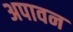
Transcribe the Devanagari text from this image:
अपावन